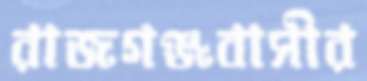
রাজগঞ্জবাসীর